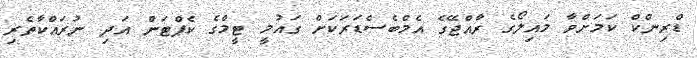
ޑްރިންކް ކަމަށްވާ މައިލޯގެ ރާއްޖޭގެ އެމްބެސެޑަރަކަށް ގައުމީ ޓީމްގެ ކެޕްޓަން އަދި ނުރައްކާތެރި